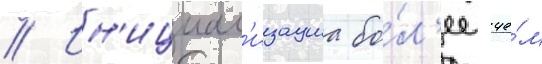
// Ин'ициал'изациа бо́л'ее че́м